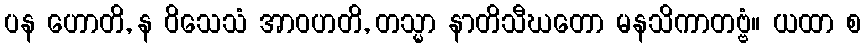
ပန ဟောတိ, န ဝိသေသံ အာဝဟတိ, တသ္မာ နာတိသီဃတော မနသိကာတဗ္ဗံ။ ယထာ စ